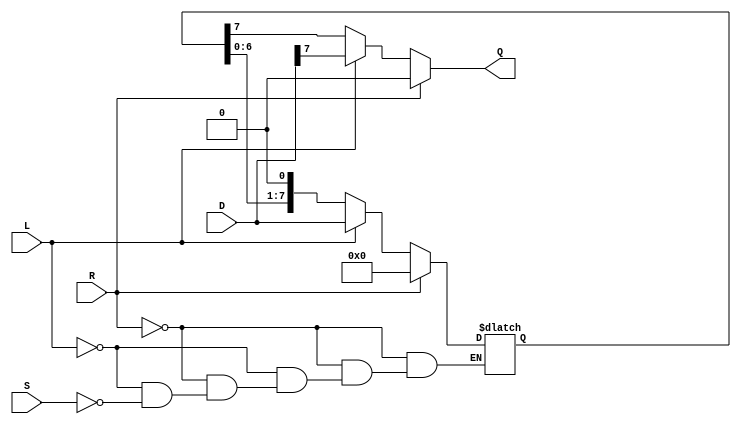
module async_piso_register #(
    parameter N = 8  // Number of bits in the register
)(
    input wire [N-1:0] D,      // Parallel data input
    input wire L,               // Load control signal
    input wire S,               // Shift control signal
    input wire R,               // Asynchronous reset signal
    output reg Q                // Serial output
);

    reg [N-1:0] shift_reg;      // Shift register to hold the data

    always @(*) begin
        if (R) begin
            // Asynchronous reset
            shift_reg = {N{1'b0}}; // Clear the register
            Q = 1'b0;              // Output is also cleared
        end else if (L) begin
            // Load data into the shift register
            shift_reg = D;
            Q = shift_reg[N-1];    // Output the first bit
        end else if (S) begin
            // Shift operation
            Q = shift_reg[N-1];    // Output the first bit
            shift_reg = {shift_reg[N-2:0], 1'b0}; // Shift left
        end else begin
            // Default case (no operation)
            Q = shift_reg[N-1];    // Maintain the current output
        end
    end

endmodule